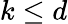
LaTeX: k\le d